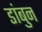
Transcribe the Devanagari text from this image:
डांबुन